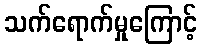
သက်ရောက်မှုကြောင့်